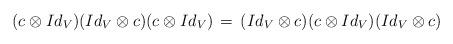
LaTeX: \begin{align*} (c \otimes Id_V)(Id_V \otimes c )(c \otimes Id_V)\,=\,(Id_V \otimes c)(c \otimes Id_V)(Id_V\otimes c) \end{align*}